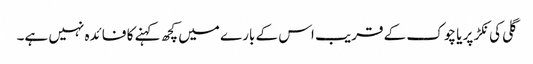
گلی کی نکڑ پر یا چوک کے قریب اس کے بارے میں کچھ کہنے کا فائدہ نہیں ہے۔